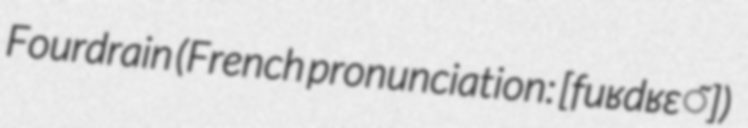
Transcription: Fourdrain (French pronunciation: ​[fuʁdʁɛ̃])